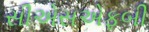
સીએસએફબી